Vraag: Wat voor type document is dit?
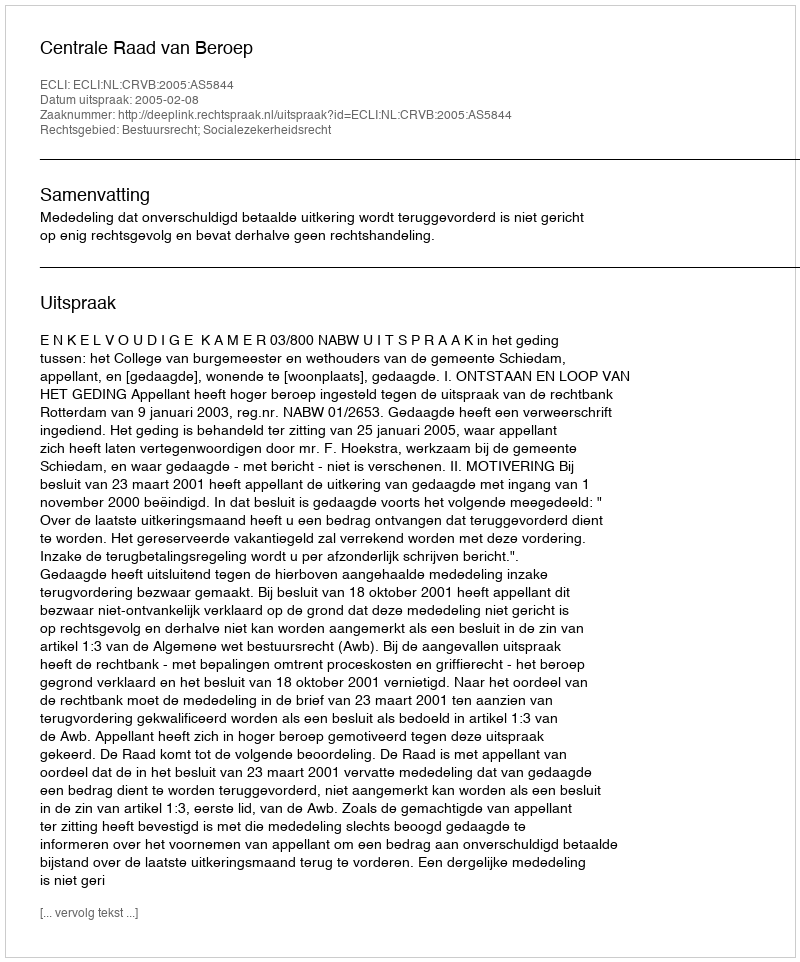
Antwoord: Uitspraak